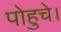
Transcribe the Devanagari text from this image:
पोहुचे।